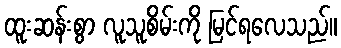
ထူးဆန်းစွာ လူသူစိမ်းကို မြင်ရလေသည်။